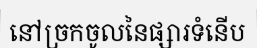
នៅច្រកចូលនៃផ្សារទំនើប